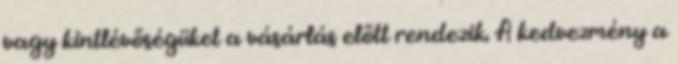
vagy kintlévőségüket a vásárlás előtt rendezik. A kedvezmény a